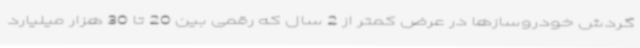
گردش خودروسازها در عرض کمتر از 2 سال که رقمی بین 20 تا 30 هزار میلیارد